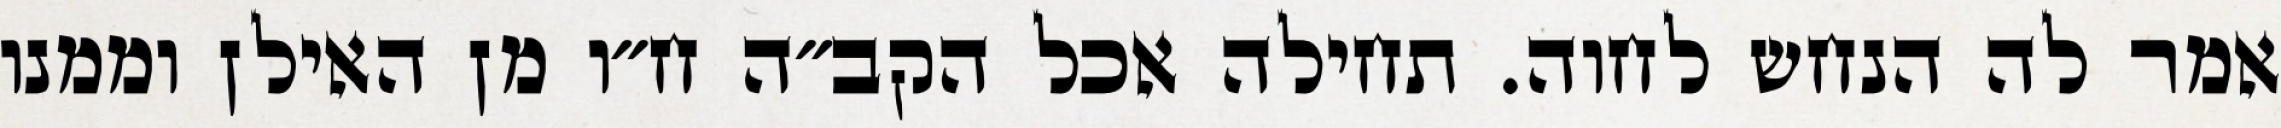
אמר לה הנחש לחוה. תחילה אכל הקב״ה ח״ו מן האילן וממנו